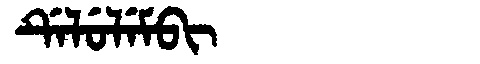
Manchu: ᡩᡝᠯᡠᠯᡝᠮᠪᡳ
Romanization: DELULEMBI